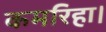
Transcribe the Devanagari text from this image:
कमरिहा।